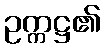
ဥက္ကဋ္ဌ၏